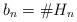
LaTeX: \begin{align*}b_n=\#H_n\end{align*}